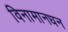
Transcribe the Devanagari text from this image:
विनामानधन